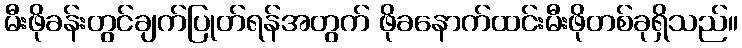
မီးဖိုခန်းတွင်ချက်ပြုတ်ရန်အတွက် ဖိုခနောက်ထင်းမီးဖိုတစ်ခုရှိသည်။